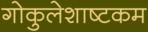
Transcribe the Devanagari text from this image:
गोकुलेशाष्टकम